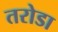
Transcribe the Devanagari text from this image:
तरोडा